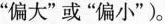
” 偏大 ” 或 ” 偏小 ” )。